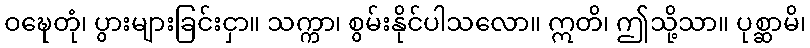
ဝဍ္ဎေတုံ၊ ပွားများခြင်းငှာ။ သက္ကာ၊ စွမ်းနိုင်ပါသလော။ ဣတိ၊ ဤသို့သာ။ ပုစ္ဆာမိ၊